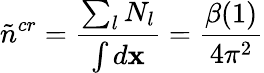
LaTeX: \tilde{n}^{cr}=\frac{\sum_{l}N_{l}}{\int d{\mathbf x}}=\frac{\beta(1)}{4\pi^{2}}